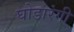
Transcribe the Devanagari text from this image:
घोडारंगी